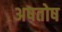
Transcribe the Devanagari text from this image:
अषतोष